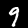
Digit: 9